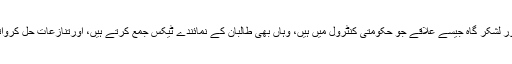
قندوز اور لشکر گاہ جیسے علاقے جو حکومتی کنٹرول میں ہیں، وہاں بھی طالبان کے نمائندے ٹیکس جمع کرتے ہیں، اورتنازعات حل کرواتے ہیں۔